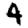
Digit: 4